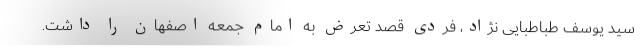
سید یوسف طباطبایی نژاد، فردی قصد تعرض به امام جمعه اصفهان را داشت.